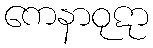
ကေနာဝုဋာ